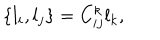
\{ l _ { i } , l _ { j } \} = C _ { i j } ^ { k } l _ { k } ,